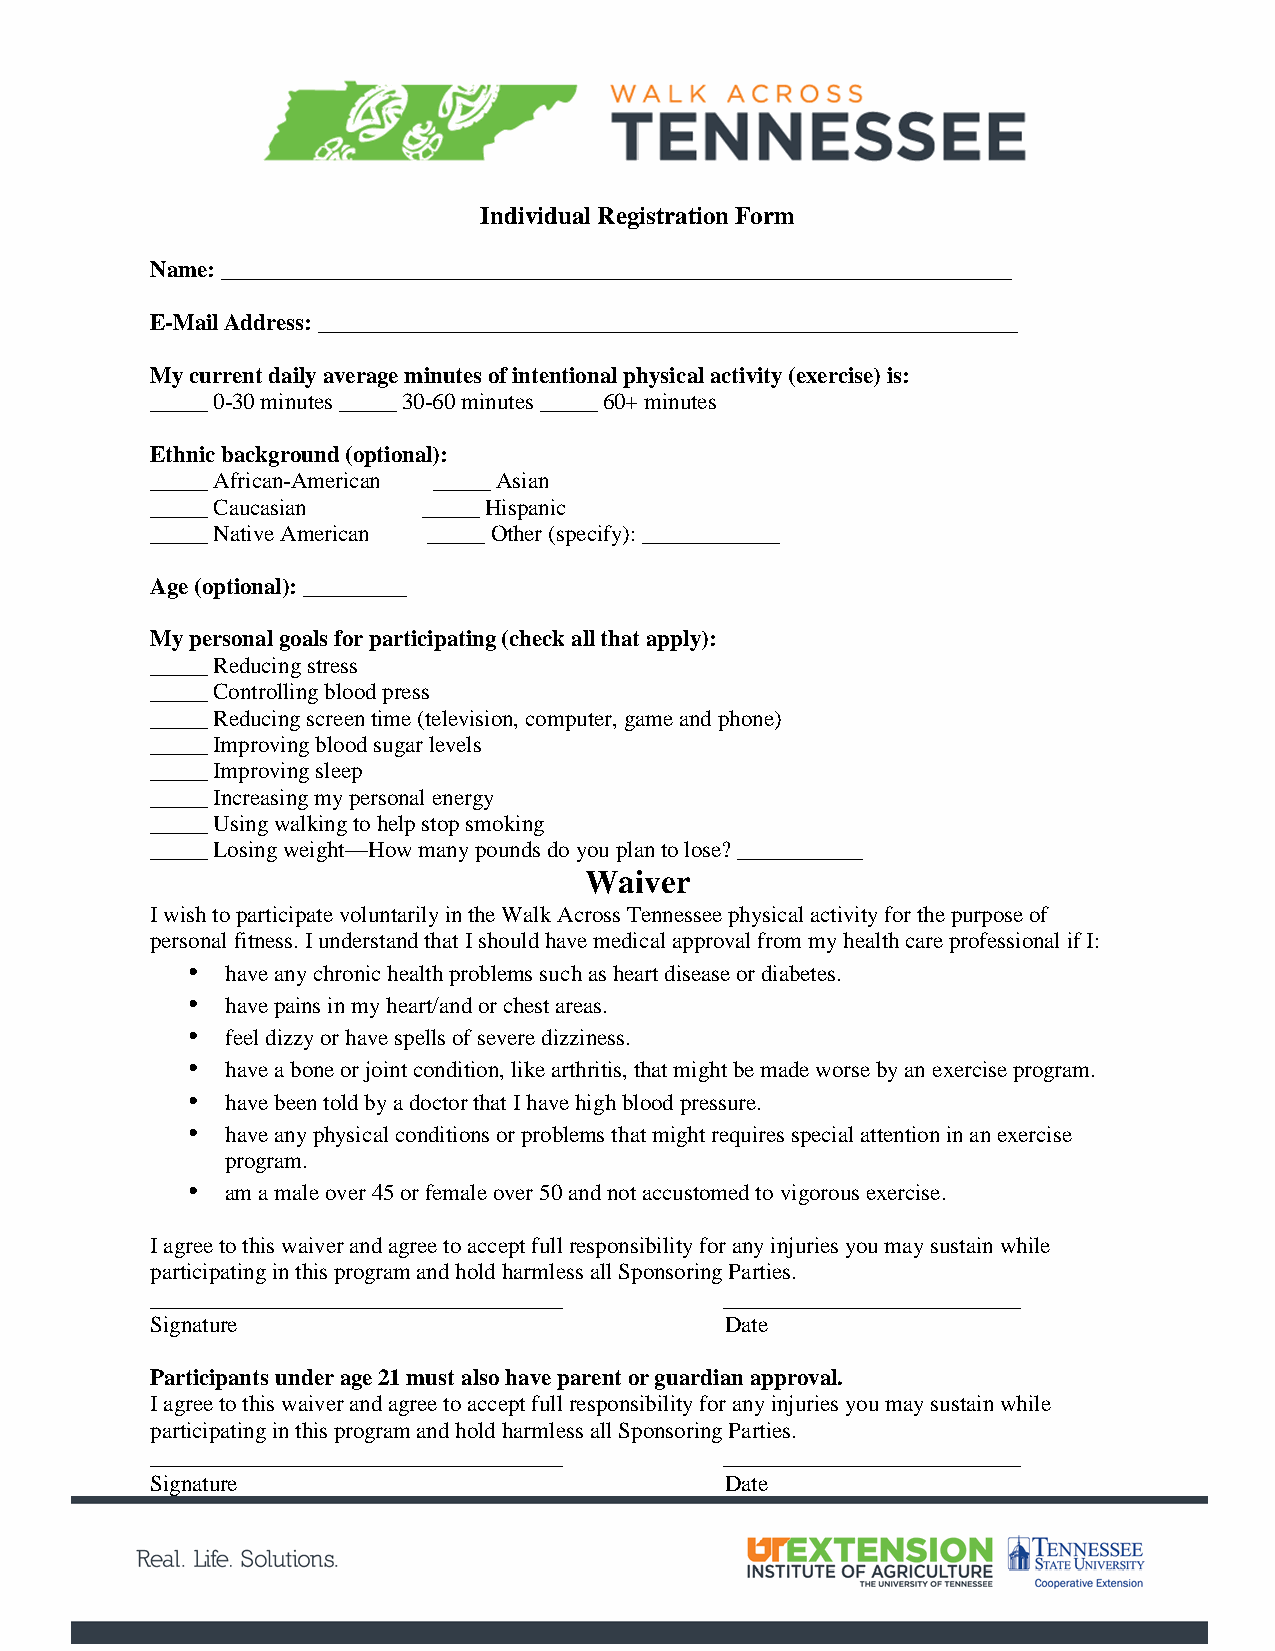
Individual Registration Form
 Name: _____________________________________________________________________
 E-Mail Address: _____________________________________________________________
 My current daily average minutes of intentional physical activity (exercise) is:
 _____ 0-30 minutes _____ 30-60 minutes _____ 60+ minutes
 Ethnic background (optional):
 _____ African-American _____ Asian
 _____ Caucasian   _____ Hispanic
 _____ Native American _____ Other (specify): ____________
 Age (optional): _________
 My personal goals for participating (check all that apply):
 _____ Reducing stress
 _____ Controlling blood press
 _____ Reducing screen time (television, computer, game and phone)
 _____ Improving blood sugar levels
 _____ Improving sleep
 _____ Increasing my personal energy
 _____ Using walking to help stop smoking
 _____ Losing weight—How many pounds do you plan to lose? ___________
 Waiver
 I wish to participate voluntarily in the Walk Across Tennessee physical activity for the purpose of
 personal fitness. I understand that I should have medical approval from my health care professional if I:
 •  have any chronic health problems such as heart disease or diabetes.
 •  have pains in my heart/and or chest areas.
 •  feel dizzy or have spells of severe dizziness.
 •  have a bone or joint condition, like arthritis, that might be made worse by an exercise program.
 •  have been told by a doctor that I have high blood pressure.
 •  have any physical conditions or problems that might requires special attention in an exercise
 program.
 •  am a male over 45 or female over 50 and not accustomed to vigorous exercise.
 I agree to this waiver and agree to accept full responsibility for any injuries you may sustain while
 participating in this program and hold harmless all Sponsoring Parties.
 ____________________________________  __________________________
 Signature                             Date
 Participants under age 21 must also have parent or guardian approval.
 I agree to this waiver and agree to accept full responsibility for any injuries you may sustain while
 participating in this program and hold harmless all Sponsoring Parties.
 ____________________________________  __________________________
 Signature                             Date